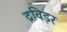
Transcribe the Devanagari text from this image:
द्रविड़र